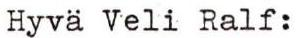
Hyvä Veli Ralf: